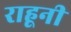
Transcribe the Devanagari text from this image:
राहूनी